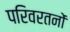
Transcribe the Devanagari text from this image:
परिवरतनों